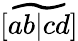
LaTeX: \widetilde{[ab|cd]}